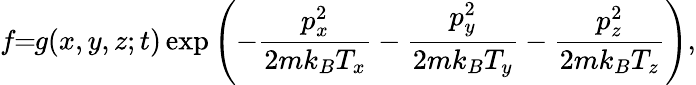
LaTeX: f\! \! =\! \! g(x,y,z;t)\exp\left(-\frac{p_{x}^{2}}{2mk_{B}T_{x}}-\frac{p_{y}^{2}}{2mk_{B}T_{y}}-\frac{p_{z}^{2}}{2mk_{B}T_{z}}\right),